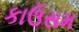
કાઉસમ